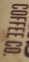
COFFEECO.